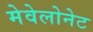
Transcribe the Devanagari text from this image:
मेवेलोनेट